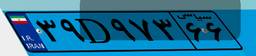
۳۹D۹۷۳۶۶